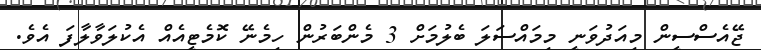
ޖޭއެސްސީން މިއަދުވަނީ މިމައްސަލަ ބެލުމަށް 3 މެންބަރުން ހިމެނޭ ކޮމެޓީއެއް އެކުލަވާލާފަ އެވެ.